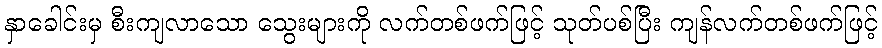
နှာခေါင်းမှ စီးကျလာသော သွေးများကို လက်တစ်ဖက်ဖြင့် သုတ်ပစ်ပြီး ကျန်လက်တစ်ဖက်ဖြင့်